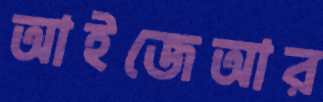
আইজেআর